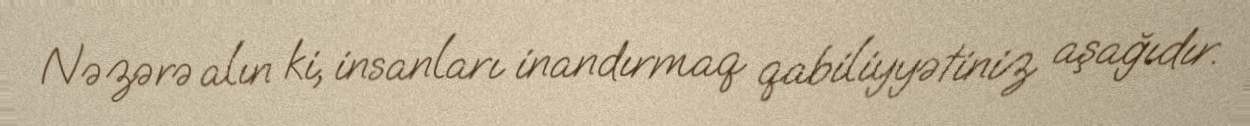
Nəzərə alın ki, insanları inandırmaq qabiliyyətiniz aşağıdır.